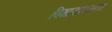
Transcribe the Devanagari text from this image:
विशाखापत्त्नम